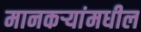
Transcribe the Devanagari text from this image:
मानकर्‍यांमधील